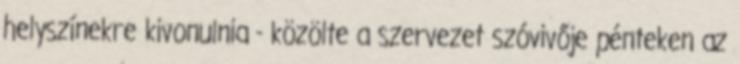
helyszínekre kivonulnia - közölte a szervezet szóvivője pénteken az